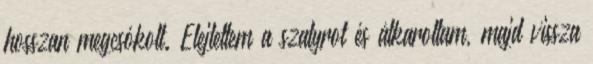
hosszan megcsókolt. Elejtettem a szatyrot és átkaroltam, majd vissza